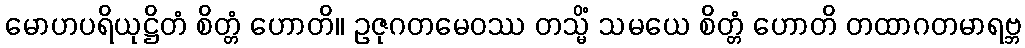
မောဟပရိယုဋ္ဌိတံ စိတ္တံ ဟောတိ။ ဥဇုဂတမေဝဿ တသ္မိံ သမယေ စိတ္တံ ဟောတိ တထာဂတမာရဗ္ဘ